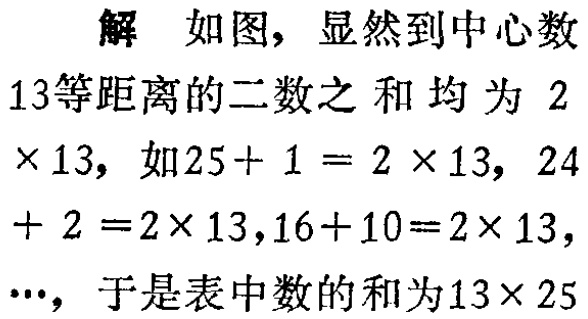
解 如图，显然到中心数

13等距离的二数之和均为 2

$\times 13$，如$25 + 1 = 2\times 13$，$24$

$+ 2 =2\times 13$，$16 + 10 = 2\times 13$，

$\cdots$，于是表中数的和为$13\times 25$